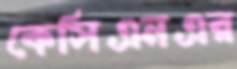
কেসিএনএর